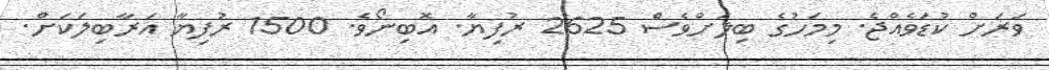
ވަރަށް ކުޑަވެއްޖެ. މިމަހުގެ ބިލަށްވެސް 2625 ރުފިޔާ. އޮބިނޯވެ. 1500 ރުފިޔާ އަރާބިލަކަށް.